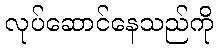
လုပ်ဆောင်နေသည်ကို